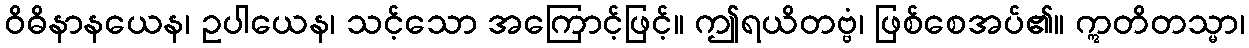
ဝိဓိနာနယေန၊ ဥပါယေန၊ သင့်သော အကြောင့်ဖြင့်။ ဤရယိတဗ္ဗံ၊ ဖြစ်စေအပ်၏။ ဣတိတသ္မာ၊